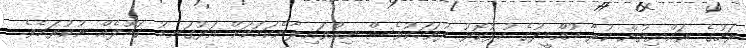
ރަށުގެ ރައްޔިތުން ކުރާ އުއްމީދުގެ ހުޅުކޮޅު ދުވަހަކުވެސް ނިއްވައިލާނެކަމަކަށް އަޅުގަނޑު ގަބޫލެއް ނުކުރަމެވެ.